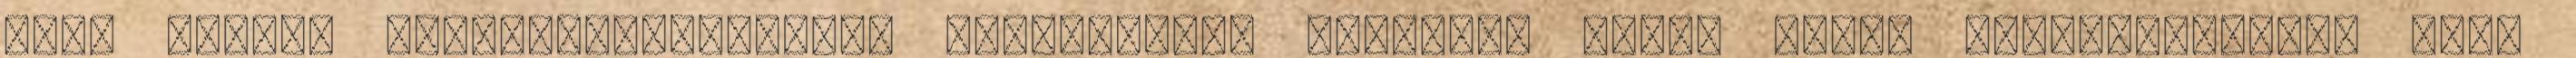
Zala Megyei Katasztrófavédelmi Igazgatóság korábban arról adott tájékoztatást, hogy